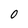
Character: O